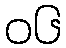
၀၆